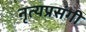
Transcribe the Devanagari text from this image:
नृत्यप्रसंगी